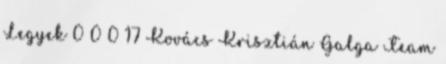
Legyek 0 0 0 17 Kovács Krisztián Galga Team